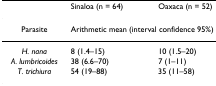
<table><thead><tr><td></td><td><b>Sinaloa (n = 64)</b></td><td><b>Oaxaca (n = 52)</b></td></tr></thead><tbody><tr><td>Parasite</td><td colspan="2">Arithmetic mean (interval confidence 95%)</td></tr><tr><td><i>H. nana</i></td><td>8 (1.4–15)</td><td>10 (1.5–20)</td></tr><tr><td><i>A. lumbricoides</i></td><td>38 (6.6–70)</td><td>7 (1–11)</td></tr><tr><td><i>T. trichiura</i></td><td>54 (19–88)</td><td>35 (11–58)</td></tr></tbody></table>